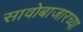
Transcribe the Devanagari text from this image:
सावोबाजारच्या